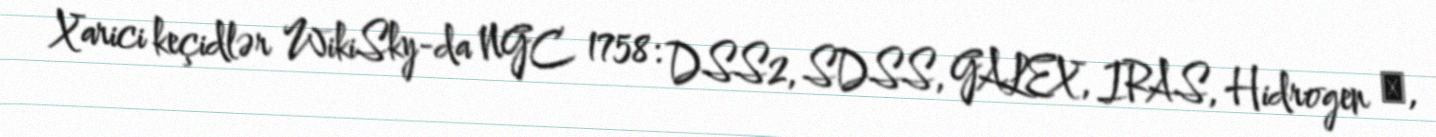
Xarici keçidlər WikiSky-da NGC 1758: DSS2, SDSS, GALEX, IRAS, Hidrogen α,